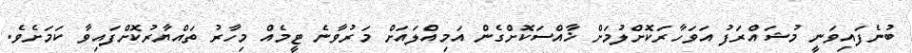
ބުނެފައިވަނީ މުޝައްރަފު އަވަހާރަކޮށްލުމަށް ޚާއްސަކޮށްގެން އަމިއްލައަށް މަރުވާނެ ޓީމެއް މިހާރު ތައްޔާރުކޮށްފައިވާ ކަމަށެވެ.